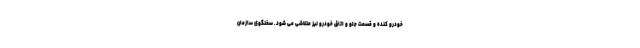
خودرو کنده و قسمت جلو و اتاق خودرو نیز متلاشی می شود. سخنگوی سازمان